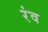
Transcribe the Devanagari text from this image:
रंव